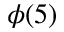
\phi ( 5 )